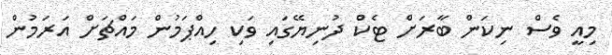
މިއީ ވެސް ނިކަން ބާރަށް ޓެކް ދުނިޔޭގައި ވަކި ހިއްޕަމުން މައްޗަށް އަރަމުން